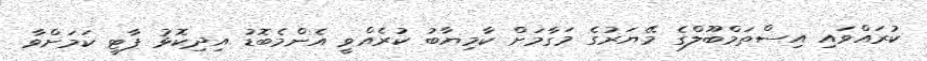
ކުރައްވައި އިސްތަމްބޫލްގެ މޭޔަރުގެ މަގާމަށް ކާމިޔާބު ކުރެއްވީ އެންމެބޮޑު އިދިކޮޅު ޕާޓީ ކަމަށްވާ